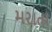
મરાતા